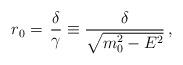
LaTeX: \begin{align*}r_0=\,\frac{\delta}{\gamma}\equiv\frac{\delta}{\sqrt{m_0^2-E^2}}\,,\end{align*}